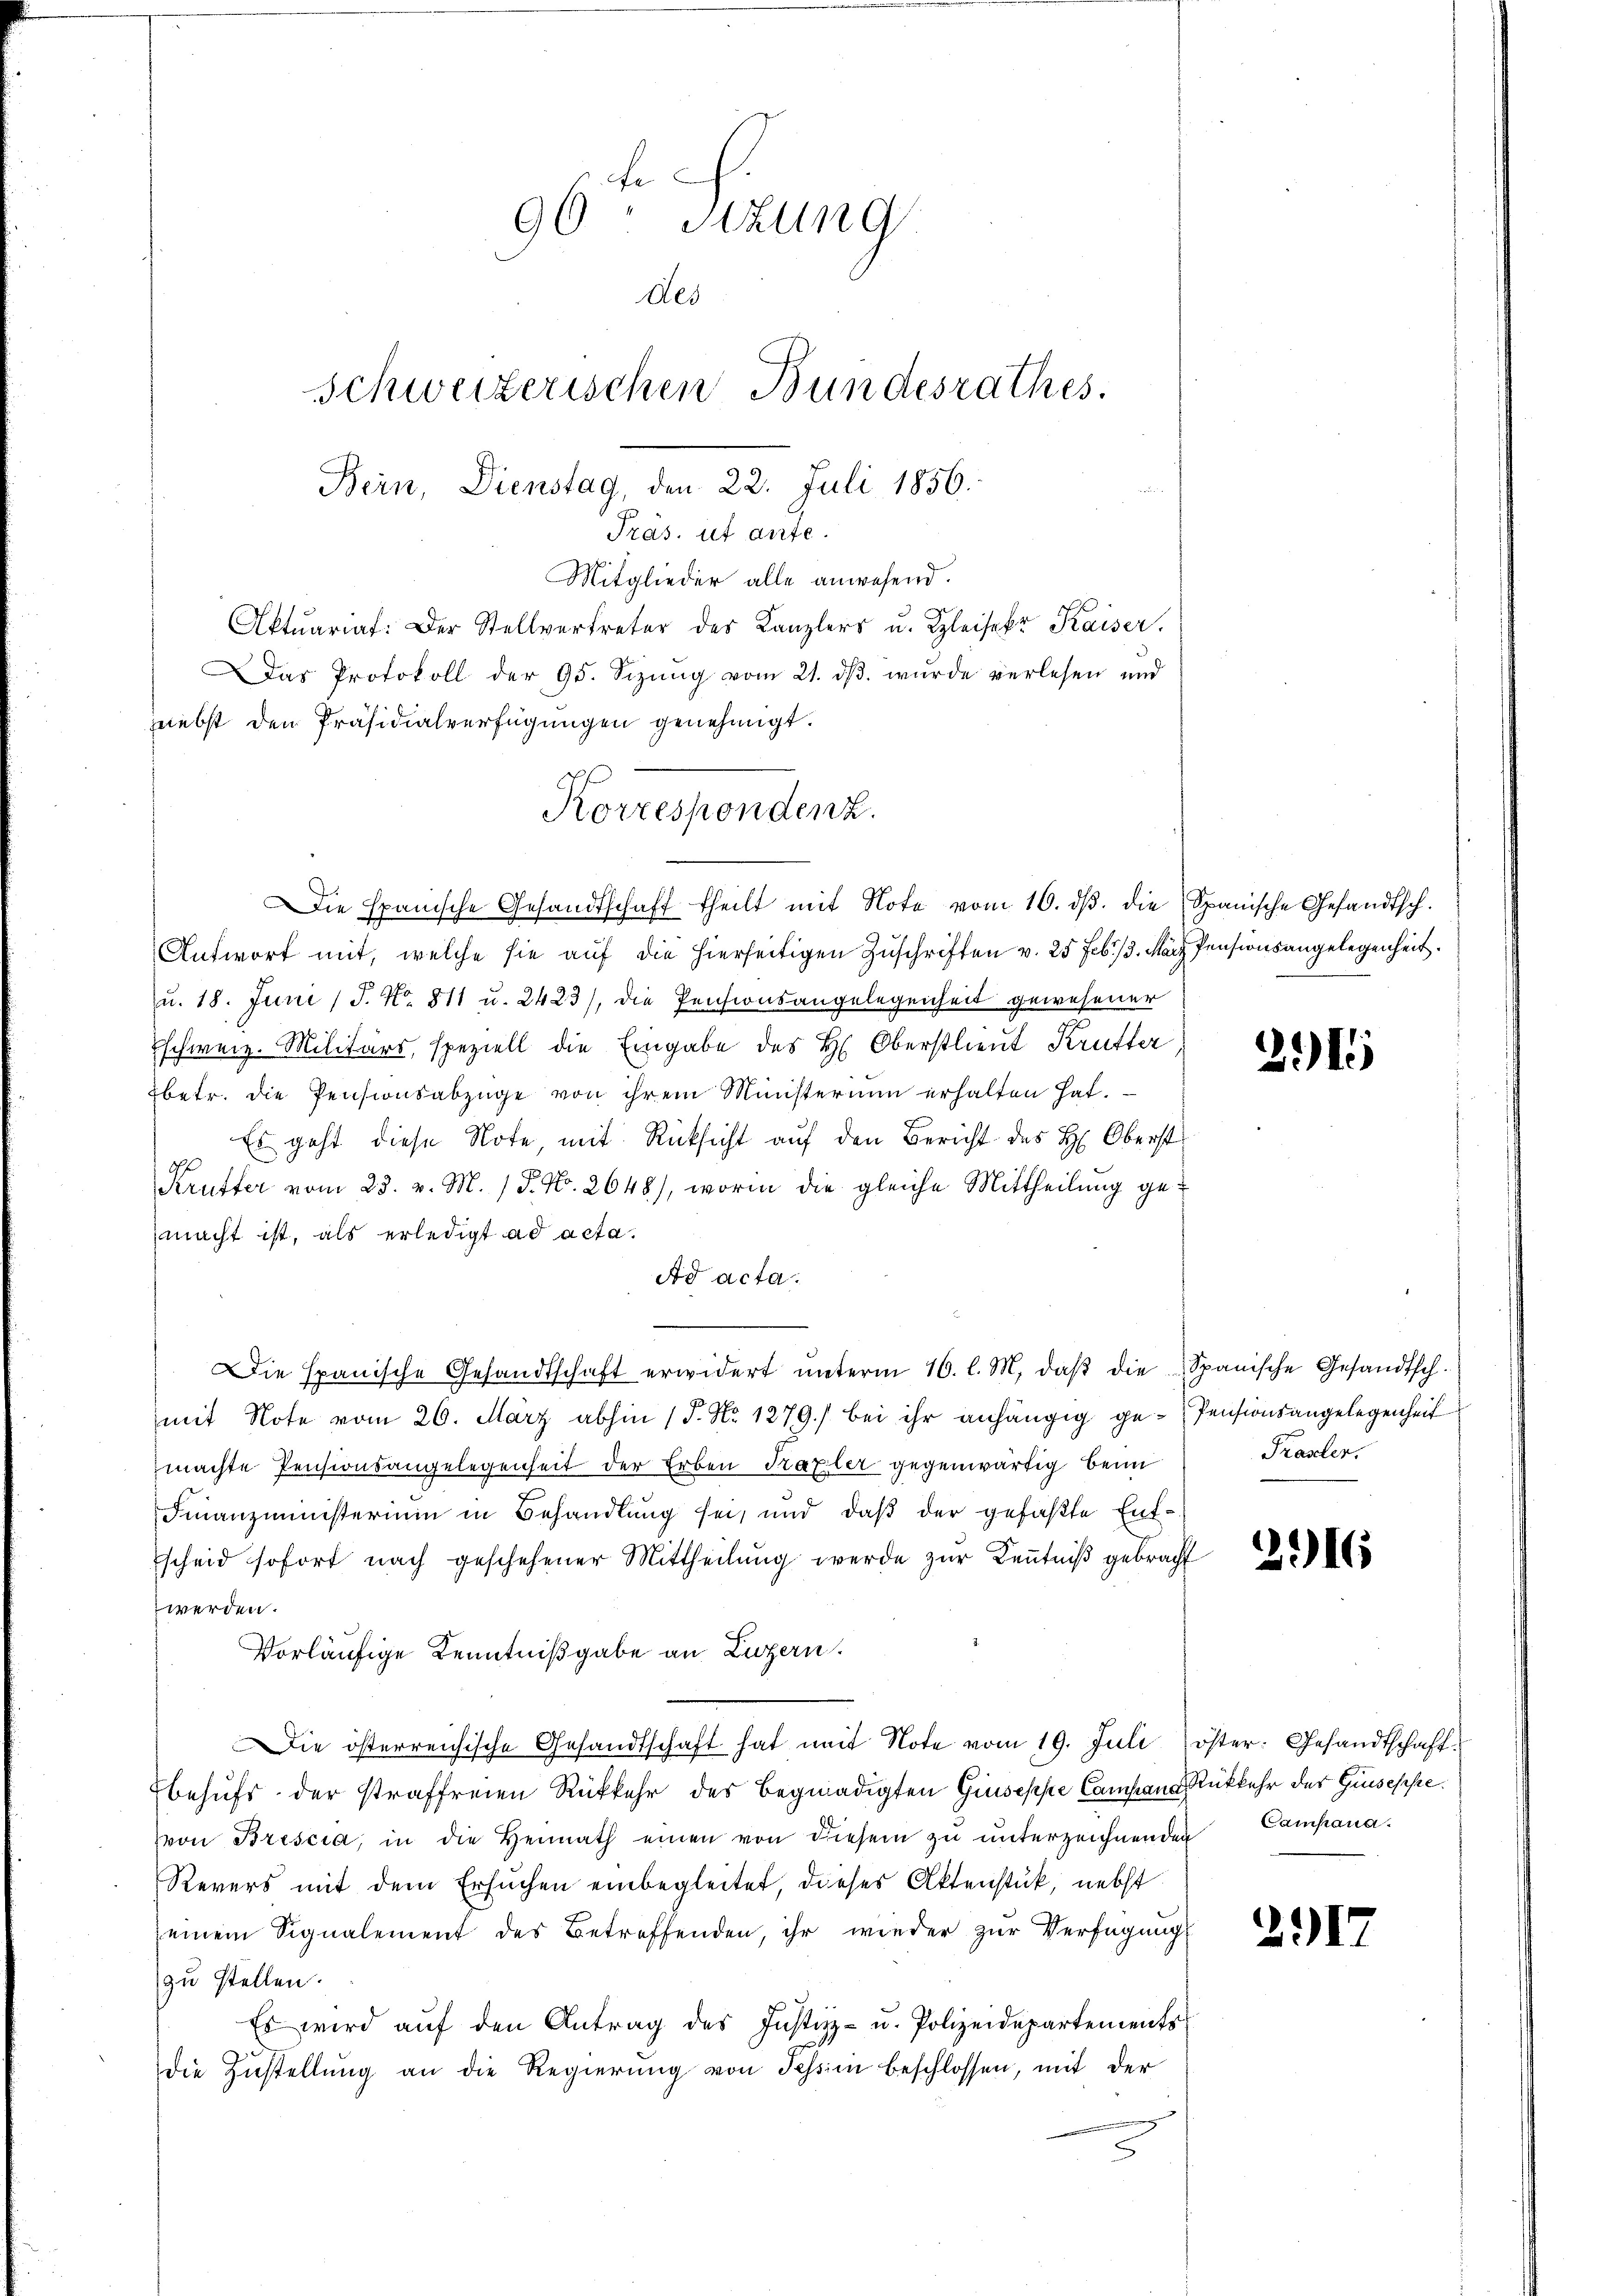
f
90 stzung
des
Schweizerischen Bundesrathes.
Bern, Dienstag, den 22. Juli 1856.

Präs. ut ante.
Mitglieder alle anwesend.
Aktuariat: Der Stellvertreter des Kanzlers u. Kleiser Kaiser,
Das Protokoll der 95. Sizŭng vom 21. dβ. wurde verlesen und
nebst den Präsidialverfügungen genehmigt.
Die Spanische Gesandtschaft theilt mit Note vom 16. dβ. die Spanische Gesandtsch.
Antwort mit, welche sie auf die hierseitigen Zuschriften v. 25 Febr. 13. März Pensionsangelegenheit.
u. 18. Juni / P. Nr. 811 u. 2423), die Pensionsangelegenheit gewesener
Eschweiz. Militärs, speziell die Eingabe des H. Oberstlieut Krütter
betr. die Pensionsabzüge von ihrem Ministerium erhalten hat.
Es geht diese Note, mit Rücksicht auf den Bericht des H. Oberst
Krüfter vom 23. v. M. 18. No. 2648), worin die gleiche Mittheilung gemacht ist, als erledigt ad acta.
Ad acta.
Die Spanische Gesandtschaft erwidert ŭnterm 16. l. M. daβ die Spanische Gesandtsch.
mit Note vom 26. März abhin 15. No 1279) bei ihr anhängig ge-Pensionsangelegenheit
machte Pensionsangelegenheit der Erben Praxler gegenwärtig beim
Finanzministerium in Behandlung sei, und daβ der gefaßte Ent-
scheid sofort nach geschehener Mittheilung werde zur Kenntniß gebracht
werden.
Vorläufige Kenntnißgabe an Luzern.
Die österreichische Gesandtschaft hat mit Note vom 19. Juli öster. Gesandtschaftbehufs der straffreien Rükkehr des Begnadigten Giuseppe Campana Rückkehr der Ginsesse.
von Brescia, in die Heimath einen von diesem zŭ ŭnterzeichnenden Campana¬
Revers mit dem Ersuchen einbegleitet, dieses Aktenstük, nebst
einem Signalement des Betreffenden, ihr wieder zur Verfügung
zu stellen.
Es wird aŭf den Antrag des Justiz- u. Polizeidepartements
die Zustellung an die Regierung von Tessin beschlossen, mit der

Korrespondenz.

291

Prasten,

216

2917